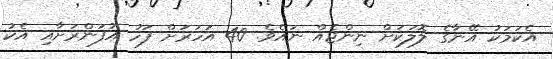
އެކަމަކު އޭނާގެ ލޮލަކަށް ނިންޖެއް ނައެވެ. 40 އަހަރަށް ފަހު އުފަންރަށާއި އެކު